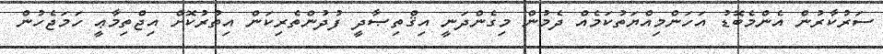
ސަރުކާރުން އެންމެބޮޑު އަހަންމިއްޔަތުކަމެއް ދެމުން މިގެންދަނީ އިޤްތިޞާދީ ފުދުންތެރިކަން އިތުރުކޮށް އިޖްތިމާޢީ ހަމަޖެހުން